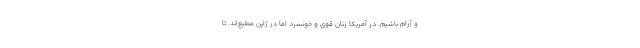
و آرام باشیم. در آمریکا زنان قوی و خونسرد اما در ژاپن مطیع‌اند. تا